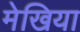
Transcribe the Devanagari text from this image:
मेखिया